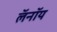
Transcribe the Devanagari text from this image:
लॅनॉय